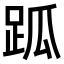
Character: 𧿼